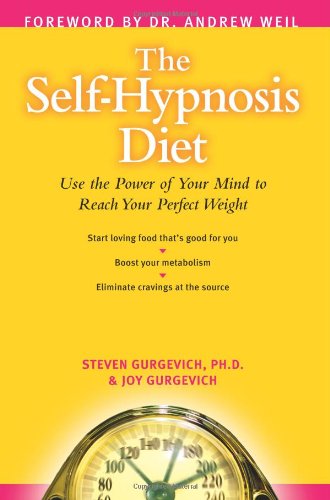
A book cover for The Self-Hypnosis Diet: Use the Power of Your Mind to Reach Your Perfect Weight; Steven Gurgevich; Health, Fitness & Dieting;